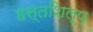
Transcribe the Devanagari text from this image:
हस्तशिल्प्